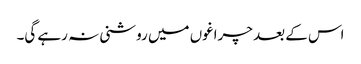
اس کے بعد چراغوں میں روشنی نہ رہے گی۔